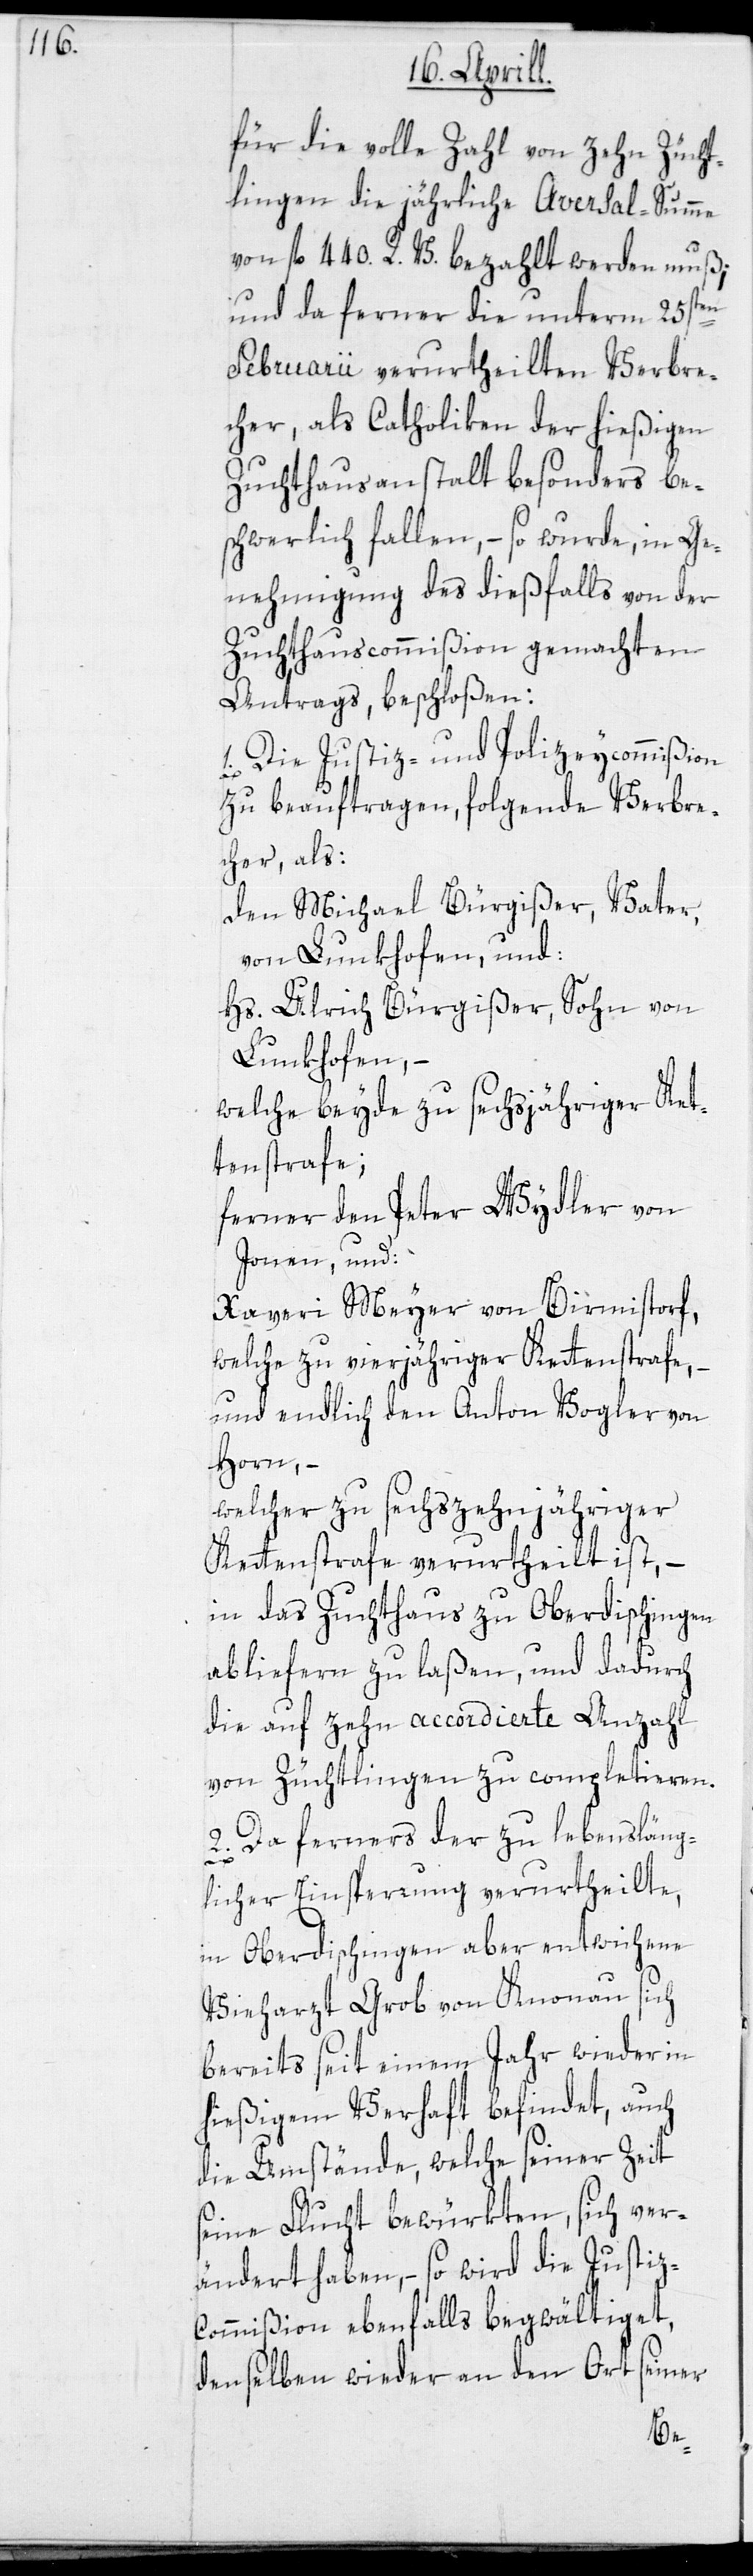
für die volle Zahl von zehn Zücht¬
lingen die jährliche Aversal-Summe
von fl. 440 R. V. bezahlt werden muß;
und da ferner die unterm 25sten
Februarii verurtheilten Verbre¬
cher, als Catholiken der hießigen
Zuchthausanstalt besonders be¬
schwerlich fallen, – so wurde, in Ge¬
nehmigung des dießfalls von der
Zuchthauscommißion gemachten
Antrags, beschloßen:
1. Die Justiz- und Polizeycommißion
zu beauftragen, folgende Verbre¬
cher, als:
den Michael Bürgißer, Vater,
von Lunkhofen, und:
Hs. Ulrich Bürgißer, Sohn von
Lunkhofen, –
welche beyde zu sechsjähriger Ket¬
tenstrafe;
ferner den Peter Wydler von
Jonen, und:
Xaveri Meyer von Birmistorf,
welche zu vierjähriger Kettenstrafe,
und endlich den Anton Vogler von
Horn, –
welcher zu sechszehnjähriger
Kettenstrafe verurtheilt ist, –
in das Zuchthaus zu Oberdischingen
abliefern zu laßen, und dadurch
die auf zehn accordierte Anzahl
von Züchtlingen zu completieren.
2. Da ferners der zu lebensläng¬
licher Einsperrung verurtheilte,
in Oberdischingen aber entwichene
Vieharzt Grob von Knonau sich
bereits seit einem Jahr wieder in
hießigem Verhaft befindet, auch
die Umstände, welche seiner Zeit
seine Flucht bewürkten, sich ver¬
ändert haben, – so wird die Justiz¬
commißion ebenfalls begwältiget,
denselben wieder an den Ort seiner